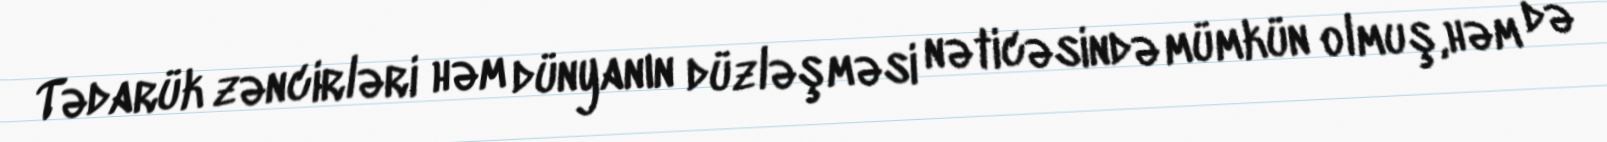
Tədarük zəncirləri həm dünyanın düzləşməsi nəticəsində mümkün olmuş,həm də